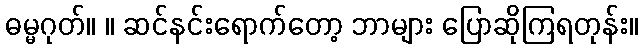
ဓမ္မဂုတ်။ ။ ဆင်နင်းရောက်တော့ ဘာများ ပြောဆိုကြရတုန်း။